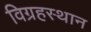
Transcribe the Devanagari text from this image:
विग्रहस्थान